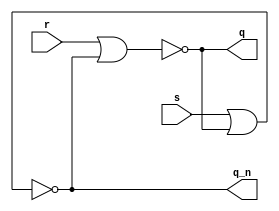
module sr_latch(
    input wire s,
    input wire r,
    output wire q,
    output wire q_n
);
  assign q   =~ ( r | q_n);
  assign q_n =~ ( s | q );
endmodule